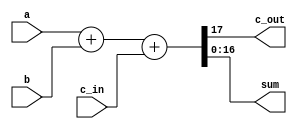
`timescale 1ns / 1ps
//////////////////////////////////////////////////////////////////////////////////
// Company: 
// Engineer: 
// 
// Design Name: 
// Module Name: Verification_32bits
// Project Name: 
// Target Devices: 
// Tool Versions: 
// Description: 
// 
// Dependencies: 
// 
// Revision:
// Revision 0.01 - File Created
// Additional Comments:
// 
//////////////////////////////////////////////////////////////////////////////////


module Verification_16bits(
input [15:0] a,
input [15:0] b,
input c_in,
output c_out,
output [16:0] sum
);

assign {c_out, sum} = a + b + c_in;

    
endmodule